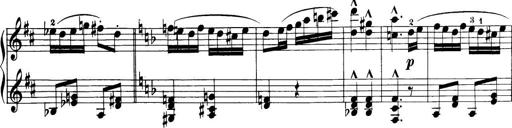
Title: 32 Sonatinas and Rondos for the Piano
Composer: Richard Kleinmichel